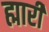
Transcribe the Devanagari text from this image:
ह्मारी